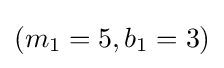
(m_{1}=5,b_{1}=3)